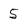
Character: 5